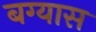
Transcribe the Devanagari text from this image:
बग्यास